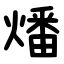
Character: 燔